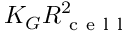
K _ { G } R _ { \mathrm { ~ c ~ e ~ l ~ l ~ } } ^ { 2 }